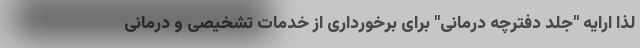
لذا ارایه "جلد دفترچه درمانی" برای برخورداری از خدمات تشخیصی و درمانی